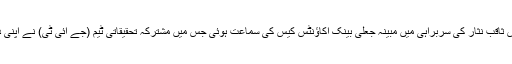
سپریم کورٹ میں چیف جسٹس پاکستان جسٹس ثاقب نثار کی سربراہی میں مبینہ جعلی بینک اکاؤنٹس کیس کی سماعت ہوئی جس میں مشترکہ تحقیقاتی ٹیم (جے آئی ٹی) نے اپنی دوسری پیشرفت رپورٹ عدالت میں پیش کی۔